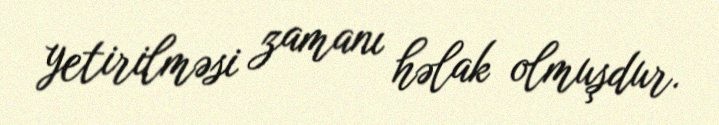
yetirilməsi zamanı həlak olmuşdur.